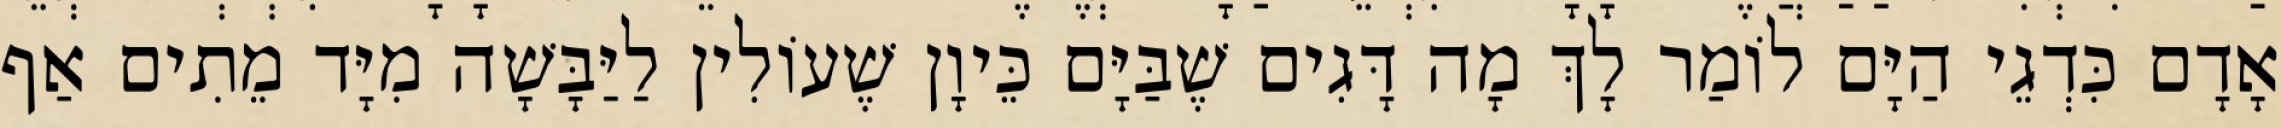
אָדָם כִּדְגֵי הַיָּם לוֹמַר לָךְ מָה דָּגִים שֶׁבַּיָּם כֵּיוָן שֶׁעוֹלִין לַיַּבָּשָׁה מִיָּד מֵתִים אַף